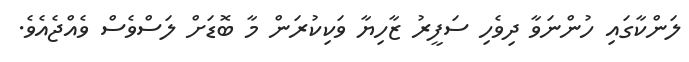
ލަންކާގައި ހުންނަވާ ދިވެހި ސަފީރު ޒާހިޔާ ވަކިކުރަން މާ ބޮޑަށް ލަސްވެސް ވެއްޖެއެވެ.